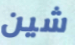
شين